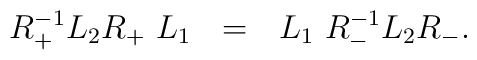
R_{+}^{-1}L_{2}R_{+}~L_{1}~~=~~L_{1}~R_{-}^{-1}L_{2}R_{-}.